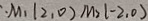
\therefore M _ { 1 } ( 2 , 0 ) M _ { 2 } ( - 2 , 0 )